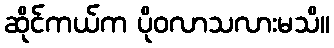
ဆိုင်ကယ်က ပိုဝလာသလားမသိ။